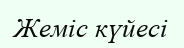
Жеміс күйесі